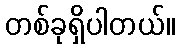
တစ်ခုရှိပါတယ်။